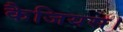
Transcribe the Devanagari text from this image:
कैजियस।